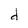
Character: d